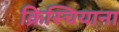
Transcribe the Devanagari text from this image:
क्रिस्चियाना